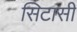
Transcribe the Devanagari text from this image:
सिटासी